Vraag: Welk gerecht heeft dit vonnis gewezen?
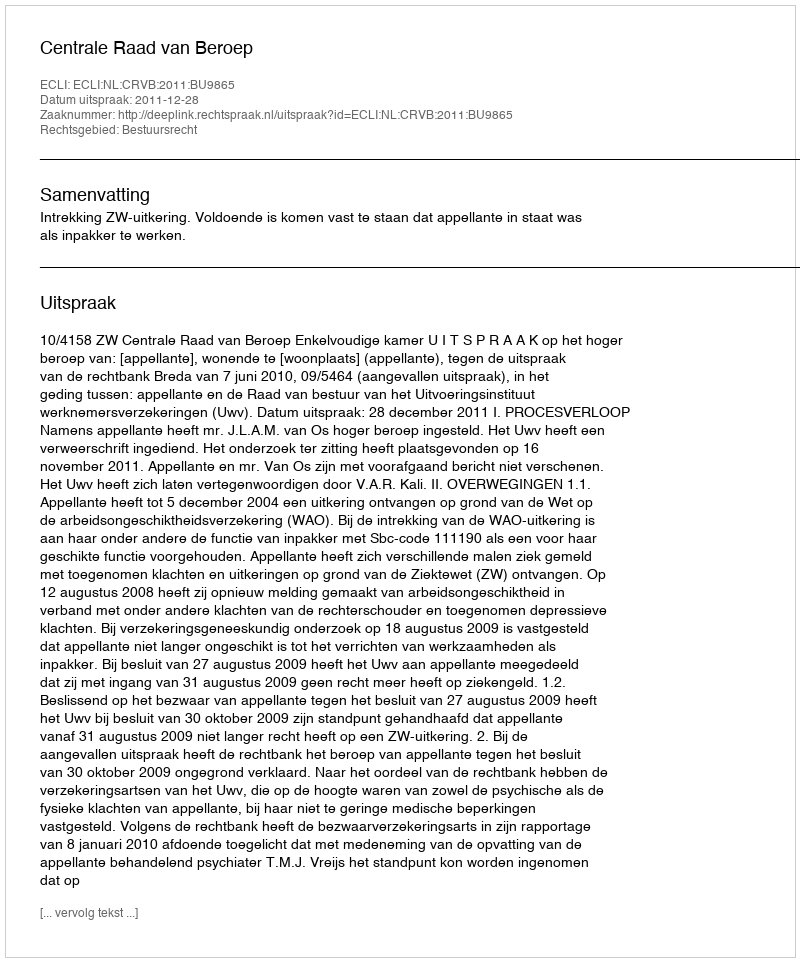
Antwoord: Centrale Raad van Beroep